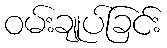
ဝမ်းချုပ်ခြင်း